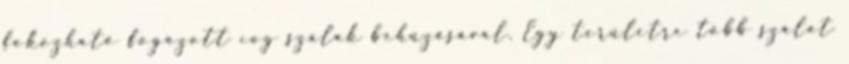
fokozható fogazott cog szálak behúzásával. Egy területre több szálat